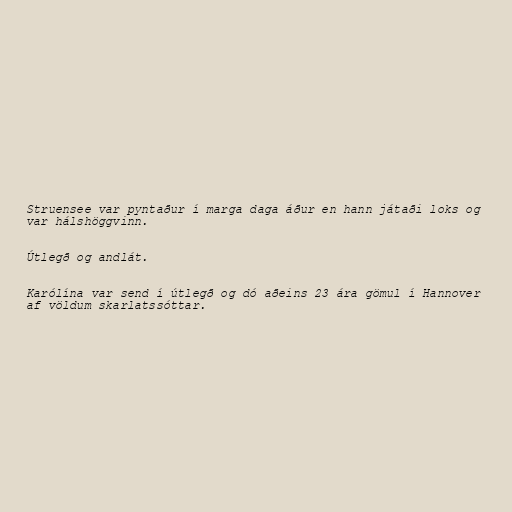
Struensee var pyntaður í marga daga áður en hann játaði loks og
var hálshöggvinn.

Útlegð og andlát.

Karólína var send í útlegð og dó aðeins 23 ára gömul í Hannover
af völdum skarlatssóttar.